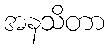
အနသိတာ